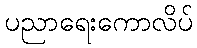
ပညာရေးကောလိပ်